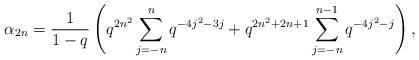
\begin{align*} \alpha_{2n} = \frac{1}{1-q}\left(q^{2n^2}\sum_{j=-n}^{n}q^{-4j^2-3j} + q^{2n^2+2n+1}\sum_{j=-n}^{n-1}q^{-4j^2-j}\right), \end{align*}